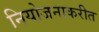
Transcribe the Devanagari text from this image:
नियोजनाकरीत